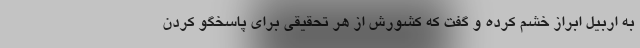
به اربیل ابراز خشم کرده و گفت که کشورش از هر تحقیقی برای پاسخگو کردن